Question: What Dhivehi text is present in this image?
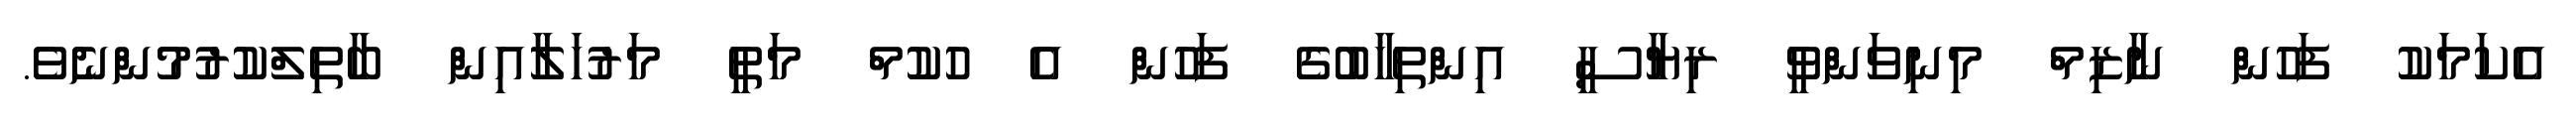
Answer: އެކަމަކު ފަހުން ނާޒިމް މިނިވަންވީ ރިޔާސީ އިންތިޚާބުގެ ފަހުން އެ ހުކުމް މަތީ މަރުހަލާއިން ބާތިލްކުރުމުންނެވެ.